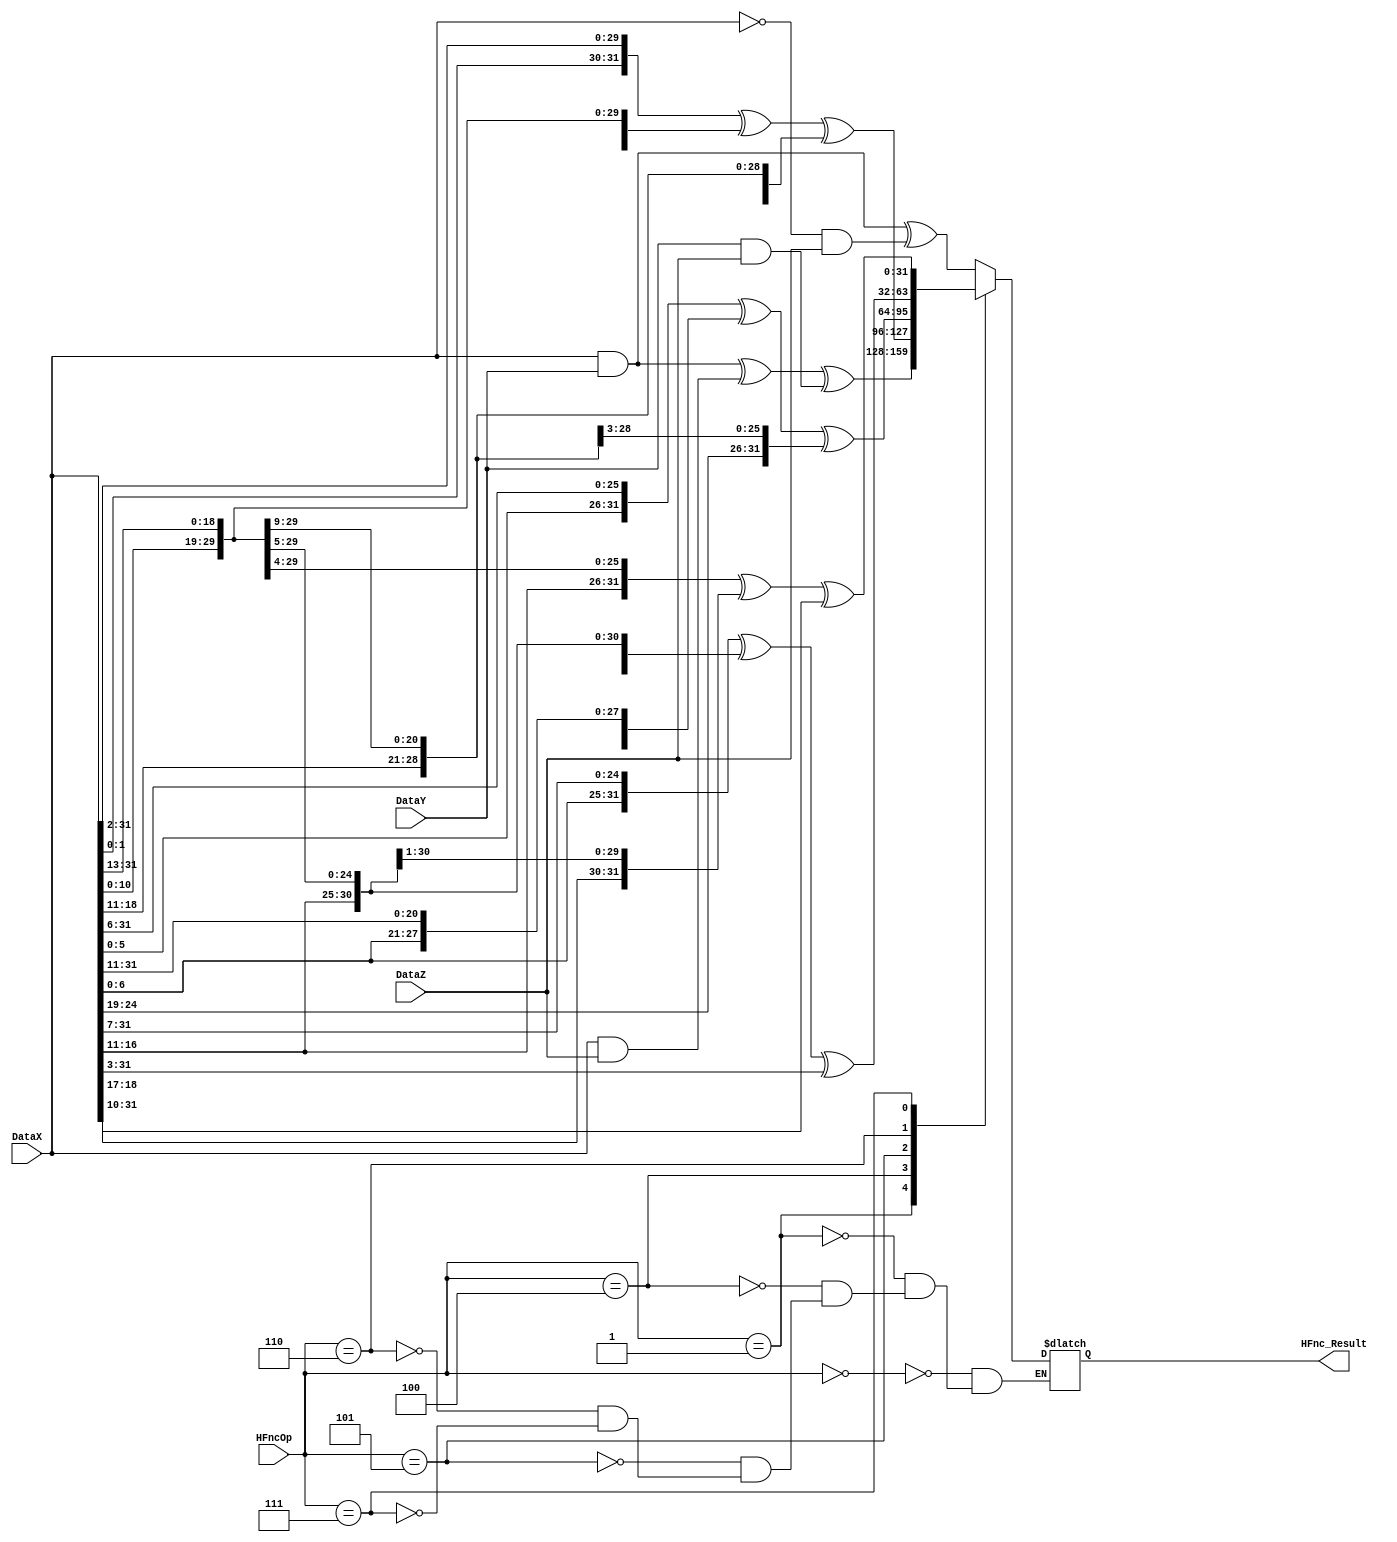
`timescale 1ns / 1ps
//////////////////////////////////////////////////////////////////////////////////
// Company: 
// Engineer: 
// 
// Design Name: 
// Module Name: HFnc
// Project Name: 
// Target Devices: 
// Tool Versions: 
// Description: 
// 
// Dependencies: 
// 
// Revision:
// Revision 0.01 - File Created
// Additional Comments:
// 
//////////////////////////////////////////////////////////////////////////////////

//3'b0  Ch
//3'd1 Maj
//3'd4 (256_0)
//3'd5 (256_1)
//3'd6 (256_0)
//3'd7 (256_1)


module HFnc(HFncOp,DataX,DataY,DataZ,HFnc_Result);
input [2:0] HFncOp;
input [31:0] DataX;
input [31:0] DataY;
input [31:0] DataZ;
output reg [31:0]HFnc_Result;
always @( * )
   begin
      case (HFncOp)
        0: HFnc_Result= (DataX & DataY)^(~DataX & DataZ);
        1: HFnc_Result= (DataX & DataY)^(DataX & DataZ)^(DataY & DataZ);
        4: HFnc_Result= {DataX[1:0],DataX[31:2]} ^ {DataX[12:0],DataX[31:13]}^ {DataX[21:0],DataX[31:22]};
        5: HFnc_Result= {DataX[5:0],DataX[31:6]} ^ {DataX[10:0],DataX[31:11]}^ {DataX[24:0],DataX[31:25]};
        6: HFnc_Result= {DataX[6:0],DataX[31:7]} ^ {DataX[17:0],DataX[31:18]}^ (DataX>>3);
        7: HFnc_Result= {DataX[16:0],DataX[31:17]} ^ {DataX[18:0],DataX[31:19]}^ (DataX>>10);
      endcase
   end
endmodule